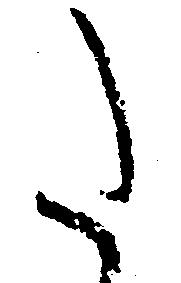
た